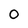
Character: 0